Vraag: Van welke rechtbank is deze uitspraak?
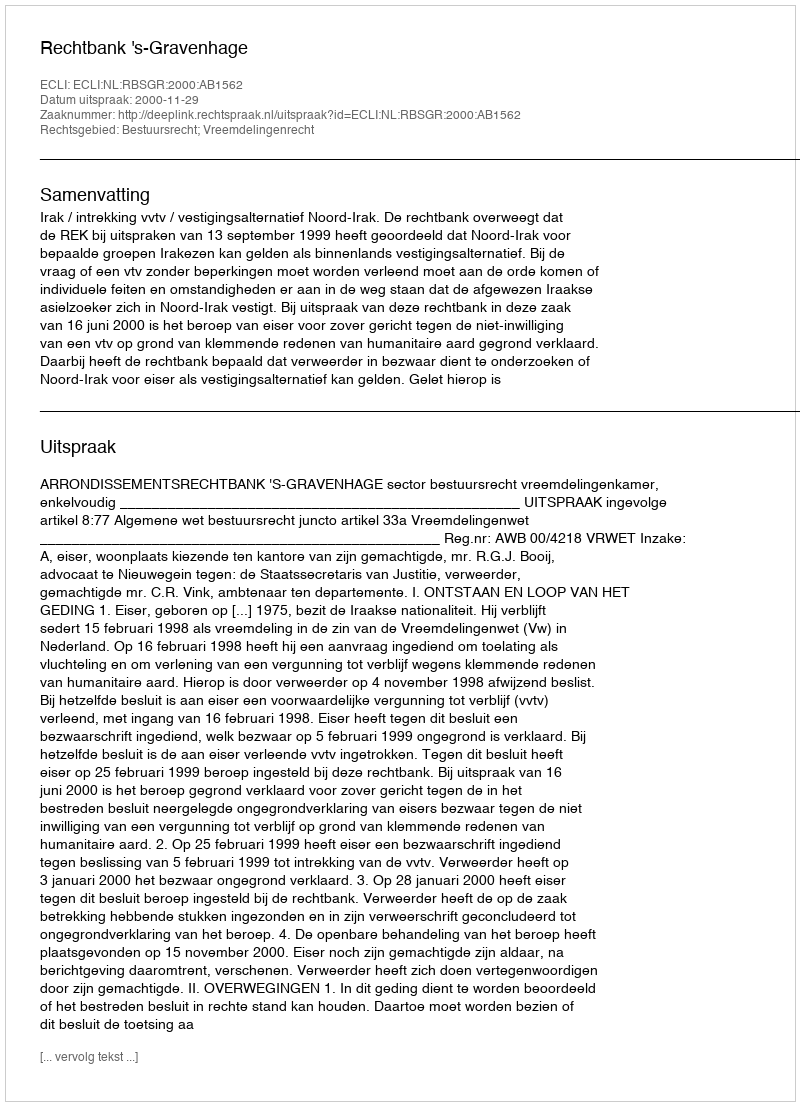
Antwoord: Rechtbank 's-Gravenhage